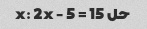
حل x: 2x - 5 = 15